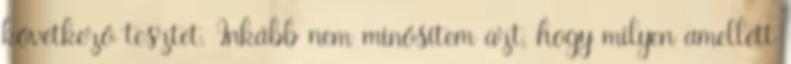
következő tesztet. Inkább nem minősítem azt, hogy milyen amellett